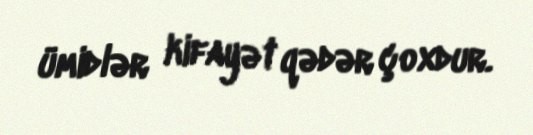
ümidlər kifayət qədər çoxdur.